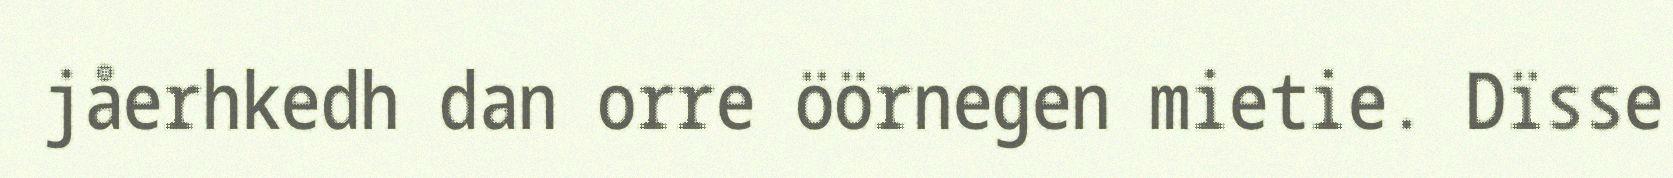
jåerhkedh dan orre öörnegen mietie. Dïsse